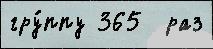
гру́ппу 365  раз